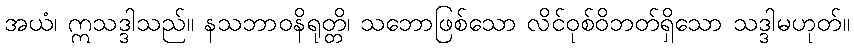
အယံ၊ ဣသဒ္ဒါသည်။ နသဘာဝနိရုတ္တိ၊ သဘောဖြစ်သော လိင်ဝုစ်ဝိဘတ်ရှိသော သဒ္ဒါမဟုတ်။